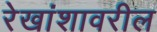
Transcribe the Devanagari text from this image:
रेखांशावरील